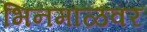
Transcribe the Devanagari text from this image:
भिनमाळवर